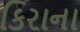
કિરાના